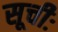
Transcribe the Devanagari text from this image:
सूचीः